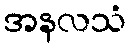
အနလသံ